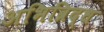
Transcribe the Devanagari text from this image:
अभिव्रिद्ध